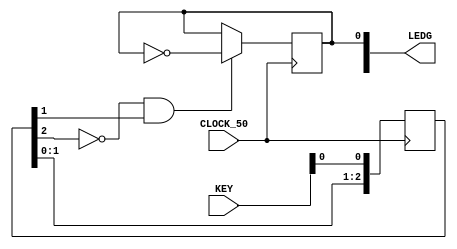
module BASIC(
	CLOCK_50,
	KEY,
	LEDG
);

input	CLOCK_50;
input	[3:0]KEY;
output	reg  [8:0]LEDG;

reg  [2:0]key0_dly;

always @(posedge CLOCK_50)
begin
	  if (!key0_dly[2] && key0_dly[1])
       LEDG[0] <= ~LEDG[0];       
    key0_dly <= {key0_dly[1:0],KEY[0]};
end

endmodule